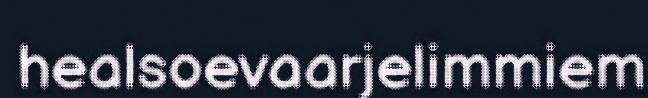
healsoevaarjelimmiem